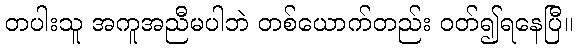
တပါးသူ အကူအညီမပါဘဲ တစ်ယောက်တည်း ဝတ်၍ရနေပြီ။